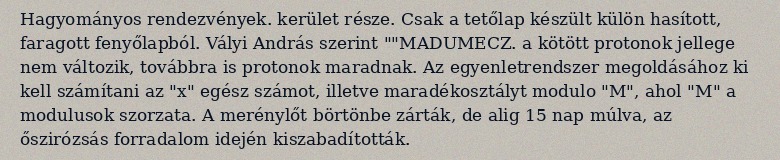
Hagyományos rendezvények. kerület része. Csak a tetőlap készült külön hasított, faragott fenyőlapból. Vályi András szerint ""MADUMECZ. a kötött protonok jellege nem változik, továbbra is protonok maradnak. Az egyenletrendszer megoldásához ki kell számítani az "x" egész számot, illetve maradékosztályt modulo "M", ahol "M" a modulusok szorzata. A merénylőt börtönbe zárták, de alig 15 nap múlva, az őszirózsás forradalom idején kiszabadították.